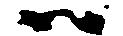
ハ